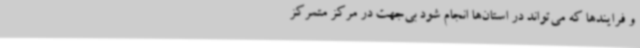
و فرایندها که می‌تواند در استان‌ها انجام شود بی‌جهت در مرکز متمرکز